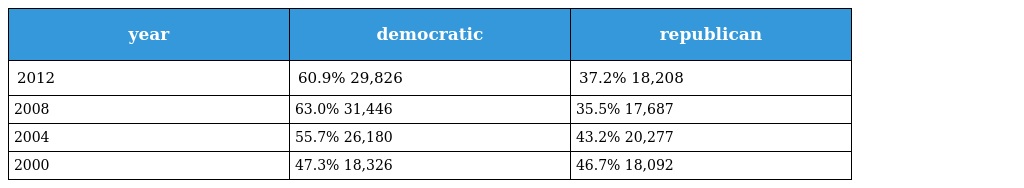
| year | democratic | republican |
 | --- | --- | --- |
 | 2012 | 60.9% 29,826 | 37.2% 18,208 |
 | 2008 | 63.0% 31,446 | 35.5% 17,687 |
 | 2004 | 55.7% 26,180 | 43.2% 20,277 |
 | 2000 | 47.3% 18,326 | 46.7% 18,092 |